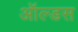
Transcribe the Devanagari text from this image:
ऑल्डस